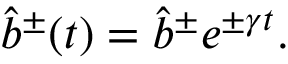
\hat { b } ^ { \pm } ( t ) = \hat { b } ^ { \pm } e ^ { \pm \gamma t } .